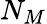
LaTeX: N_{M}